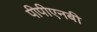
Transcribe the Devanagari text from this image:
पीपीएनबी